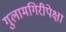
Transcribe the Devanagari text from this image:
गुलामगिरीपेक्षा